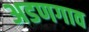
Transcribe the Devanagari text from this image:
अडणगाव